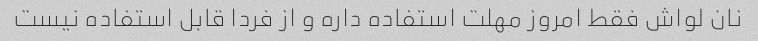
نان لواش فقط امروز مهلت استفاده داره و از فردا قابل استفاده نیست